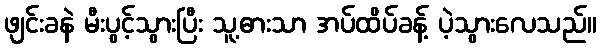
ဖျင်းခနဲ မီးပွင့်သွားပြီး သူ့ဓားသာ အပ်ထိပ်ခန့် ပဲ့သွားလေသည်။